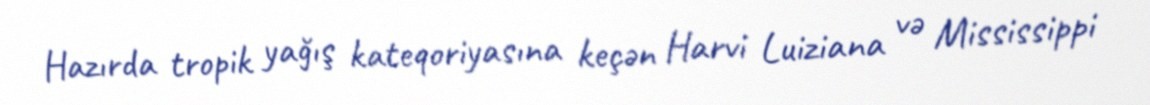
Hazırda tropik yağış kateqoriyasına keçən Harvi Luiziana və Mississippi